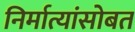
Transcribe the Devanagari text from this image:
निर्मात्यांसोबत